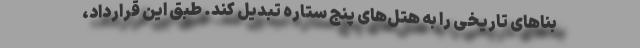
بناهای تاریخی را به هتل‌های پنج ستاره تبدیل کند. طبق این قرارداد،